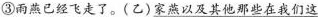
③雨燕已经飞走了。(乙)家燕以及其他那些在我们这